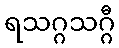
ရသဂ္ဂသဂ္ဂီ